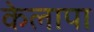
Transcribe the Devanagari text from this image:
केलापा